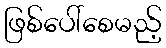
ဖြစ်ပေါ်စေမည့်